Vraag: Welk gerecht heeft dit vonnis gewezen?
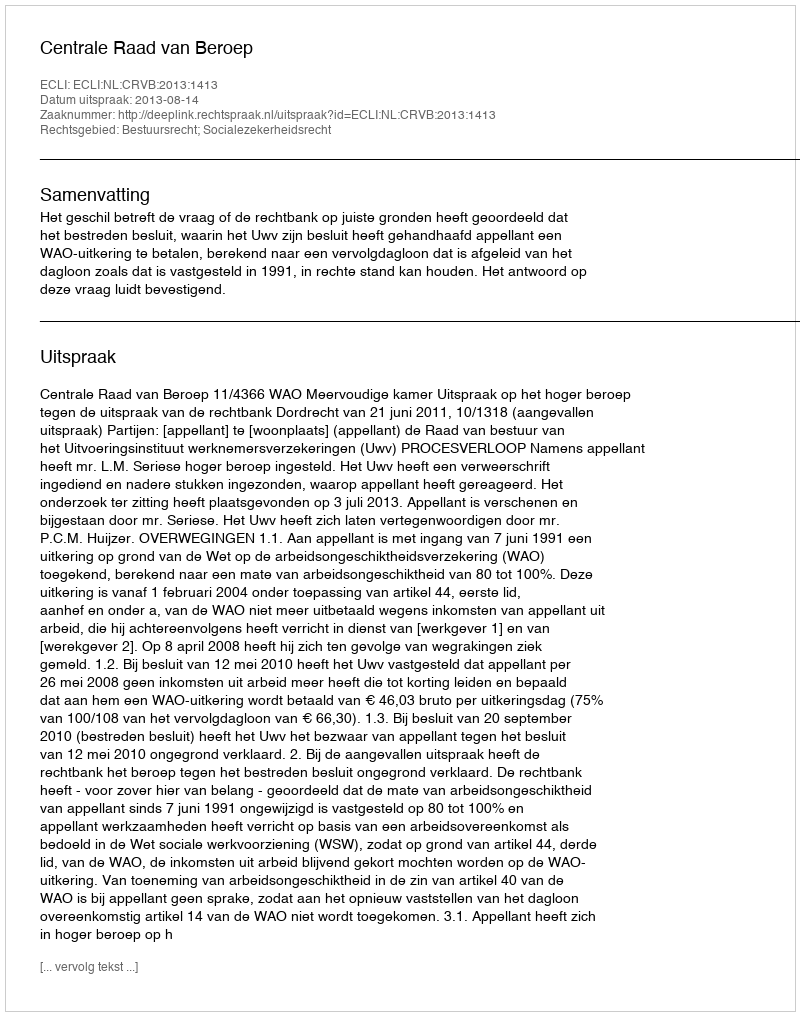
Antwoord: Centrale Raad van Beroep